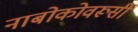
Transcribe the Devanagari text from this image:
नाबोकोवरूसी